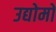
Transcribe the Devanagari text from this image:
उद्योमों